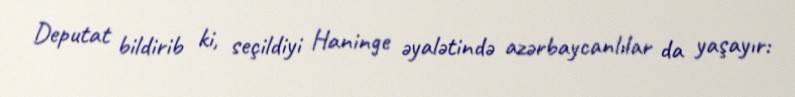
Deputat bildirib ki, seçildiyi Haninge əyalətində azərbaycanlılar da yaşayır: